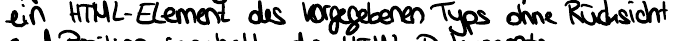
ein HTML-Element des vorgegebenen Typs ohne Rücksicht